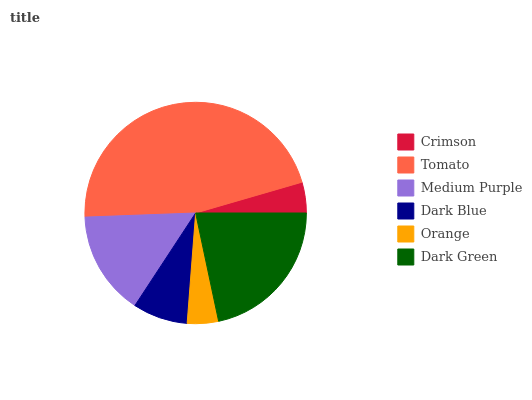
| Crimson | Tomato | Medium Purple | Dark Blue | Orange | Dark Green |
 | --- | --- | --- | --- | --- | --- |
 | 4.49% | 46.1% | 15.2% | 8.02% | 4.55% | 21.6% |